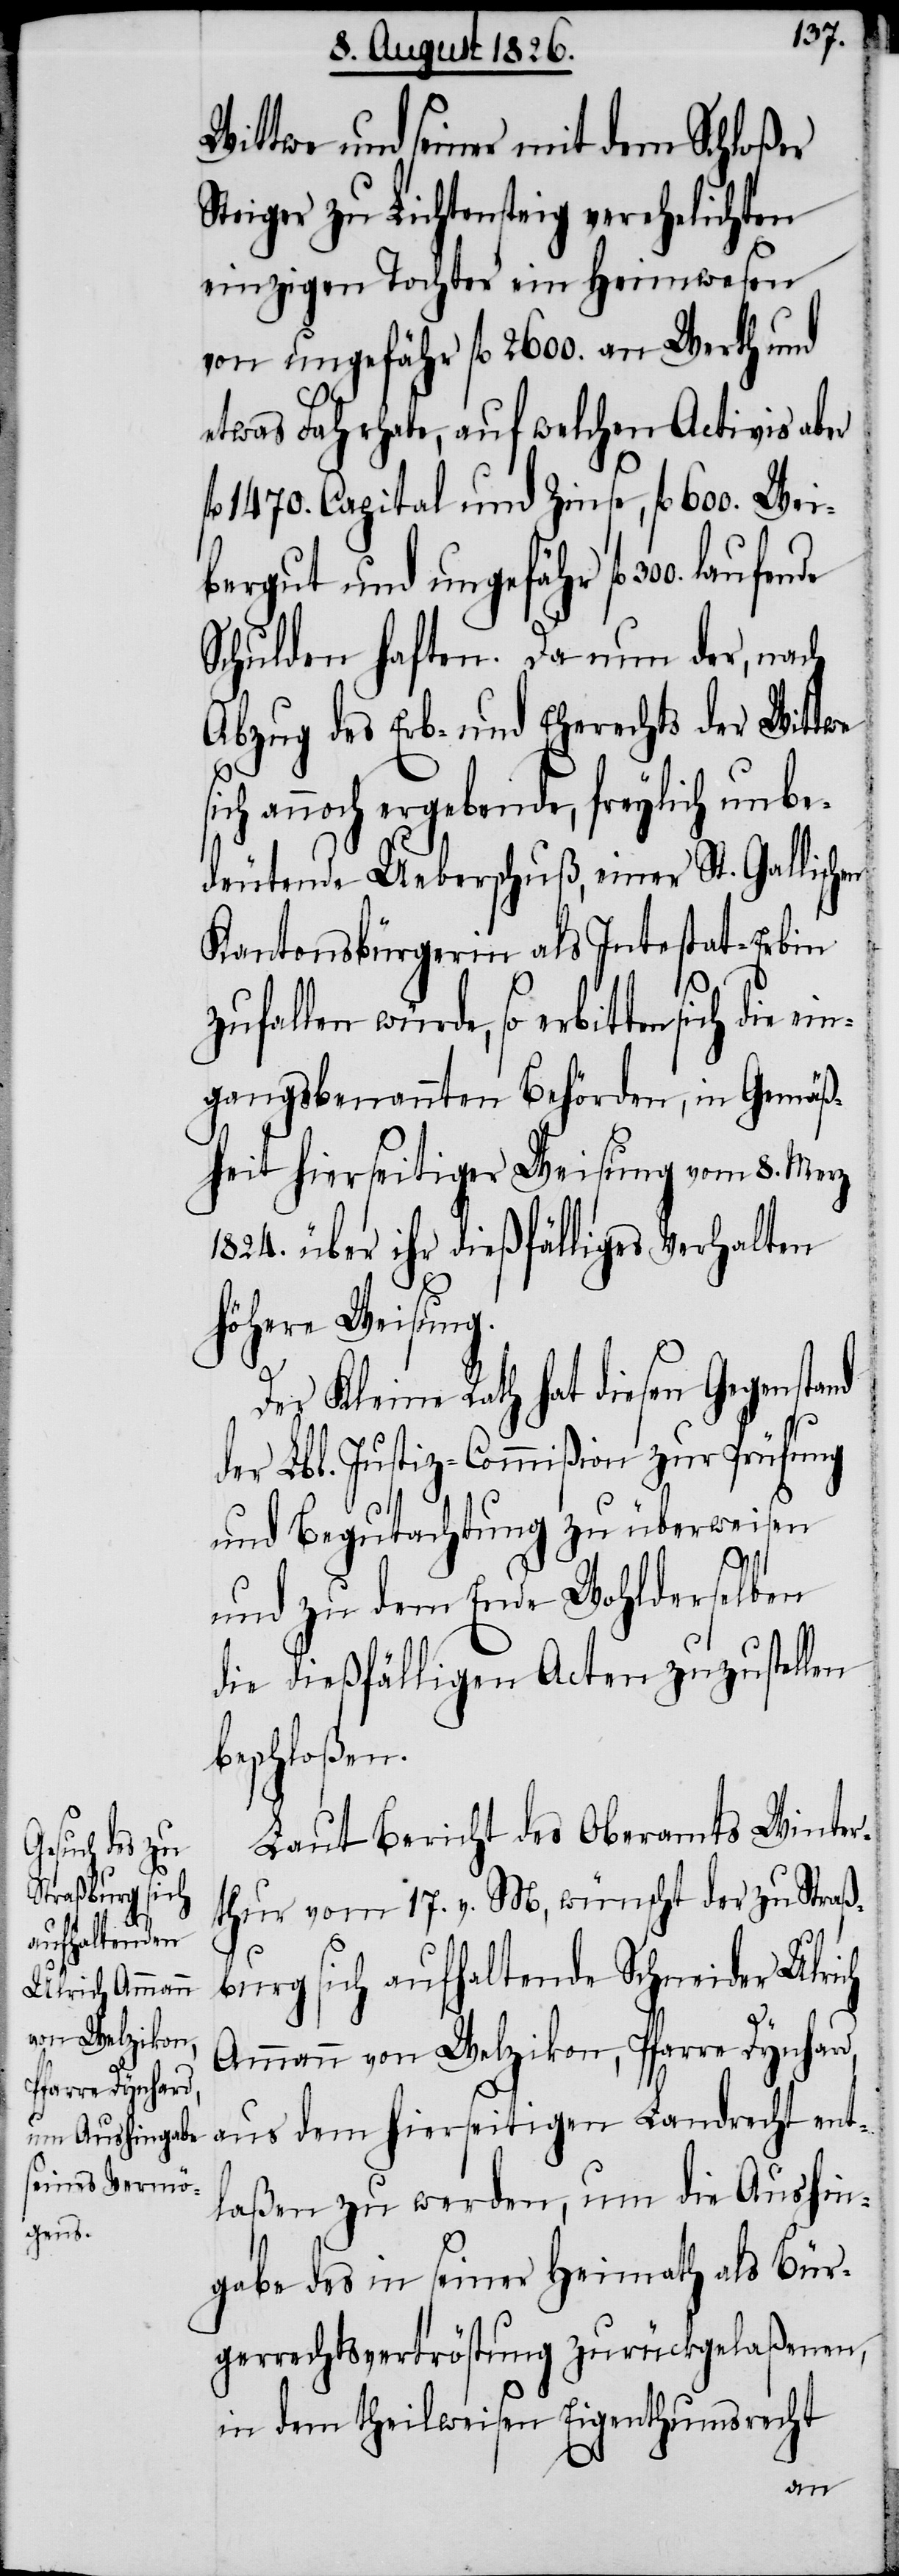
ein¬

Wittwe und seiner mit dem Schloßer
Steiger zu Lichtensteig verehelichten
einzigen Tochter ein Heimwesen
von ungefähr fl. 2600. an Werth und
etwas Fahrhabe, auf welchen Activis aber
fl. 1470. Capital und Zinse, fl. 600. Wei¬
bergut und ungefähr fl.
Schulden haften. Da nun der, nach
Abzug des Erb- und Eherechts der Wittwe
sich annoch ergebende, freylich unbe¬
deutende Ueberschuß, einer St. Gallisch¬
Kantonsbürgerin als Intestat-Erbin
zufallen würde, so erbitten sich die
gangsbenannten Behörden, in Gemäß¬
heit hierseitiger Weisung vom 8. Merz
1824. über ihr dießfälliges Verhalten
höhere Weisung.
Der Kleine Rath hat diesen Gegenstand
der Lbl. Justiz-Commißion zur Prüfung
und Begutachtung zu überweisen
und zu dem Ende Wohlderselben
die dießfälligen Acten zuzustellen
beschloßen.
Laut Bericht des Oberamts Winter¬
thur vom 17. v. M., wünscht der zu Straß¬
burg sich aufhaltende Schneider Ulrich
Ammann von Welzikon, Pfarre Dynhard,
aus dem hierseitigen Landrecht ent¬
laßen zu werden, um die Aushin¬
gabe des in seiner Heimath als Bür¬
gerrechtsvertröstung zurückgelaßenen,
in dem theilweisen Eigenthumsrecht
en